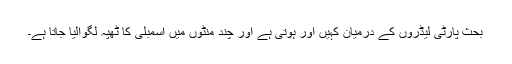
بحث پارٹی لیڈروں کے درمیان کہیں اور ہوتی ہے اور چند منٹوں میں اسمبلی کا ٹھپہ لگوالیا جاتا ہے۔